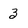
Character: 3